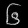
Digit: ၆